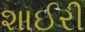
શાઈરી